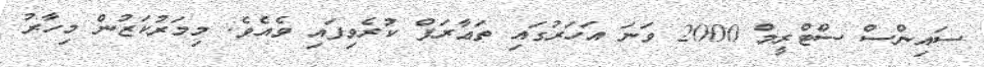
ސައިންސް ސްޓްރީމް 2000 ވަނަ އަހަރުގައި ތަޢާރަފް ކުރެވިފައި ވެއެވެ. މިމަރުކަޒުން މިހާރު